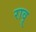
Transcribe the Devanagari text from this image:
रावू